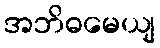
အဘိဓမေယျ